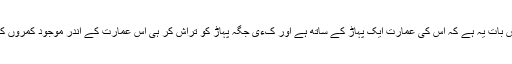
گغارد کی خانقاہ کی خاص بات یہ ہے کہ اس کی عمارت ایک پہاڑ کے ساتھ ہے اور کءی جگہ پہاڑ کو تراش کر ہی اس عمارت کے اندر موجود کمروں کی جگہ بناءی گءی ہے۔